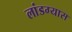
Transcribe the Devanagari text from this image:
लांडग्यास